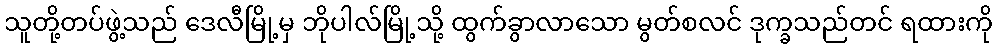
သူတို့တပ်ဖွဲ့သည် ဒေလီမြို့မှ ဘိုပါလ်မြို့သို့ ထွက်ခွာလာသော မွတ်စလင် ဒုက္ခသည်တင် ရထားကို